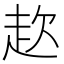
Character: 赼